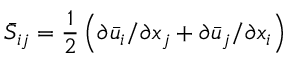
{ \bar { S } _ { i j } } = \frac { 1 } { 2 } \left( { \partial { { \bar { u } } _ { i } } } / { { \partial { x _ { j } } } } + { \partial { { \bar { u } } _ { j } } } / { { \partial { x _ { i } } } } \right)